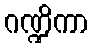
ဂဏ္ဍိကာ